system: You are a helpful assistant.
user:
Analyze the provided spectrum to determine if it is a **Carbon Star (C-type)**.

- **Key Visual Indicators of Carbon Star:**
    - **(Primary):** Strong molecular absorption from **C₂ (diatomic carbon) "Swan Bands."** This is the **defining feature** of a carbon star.
        - **(Key Bandheads):** Sharp absorption edges are visible at approximately $5635$ Å, $5165$ Å (the strongest band), and $4737$ Å.
        - **(Line Profile):** Creates a distinct **"saw-tooth"** pattern. The key morphology is a sharp, steep bandhead on the **red (long-wavelength) side**, which then gradually tapers off (i.e., flux recovers) towards the **blue (short-wavelength) side**. *(This is the direct opposite of the TiO bands seen in M-type stars)*.

    - **(Secondary):** Intense **CN (cyanogen)** molecular absorption bands.
        - **(Key Bandheads):** Located in the blue and violet regions of the spectrum (e.g., near $4215$ Å and $3883$ Å).
        - **(Morphology):** These bands are extremely broad and act as a "blanket," absorbing the vast majority of blue and violet light. This creates a characteristic **"cliff"** or **"steep drop-off"** in the spectrum's flux at short wavelengths.

    - **(Key Confirmation):** Strong **CH absorption band (G-band)**.
        - **(Key Bandhead):** Located around $4300$ Å. The contribution from CH molecules to this band is exceptionally strong.

    - **(Overall Spectrum):**
        - The continuum is severely "chopped up" by these deep molecular bands, especially C₂, rather than appearing as a smooth curve.
        - Due to the heavy CN and C₂ absorption in the blue-green, the vast majority of the star's flux is concentrated in the red part of the spectrum, giving the star its characteristic deep red color.

Think first, call **spectral_visualization_tool** if needed to examine features in detail, then provide your final answer. Your response must adhere to the following strict rules:
1.  **Overall Structure:** Your response must follow the format `<think>...</think> <tool_call>...</tool_call> (if a tool is used) <answer>...</answer>`.
2.  **Tool Usage Constraint:** You may only make **one** tool call per turn.
3.  **Final Answer Format:** In the `<answer>` tag, your conclusion must be inside a `\boxed{}` command (e.g., `\boxed{YES}`), followed by your justification.

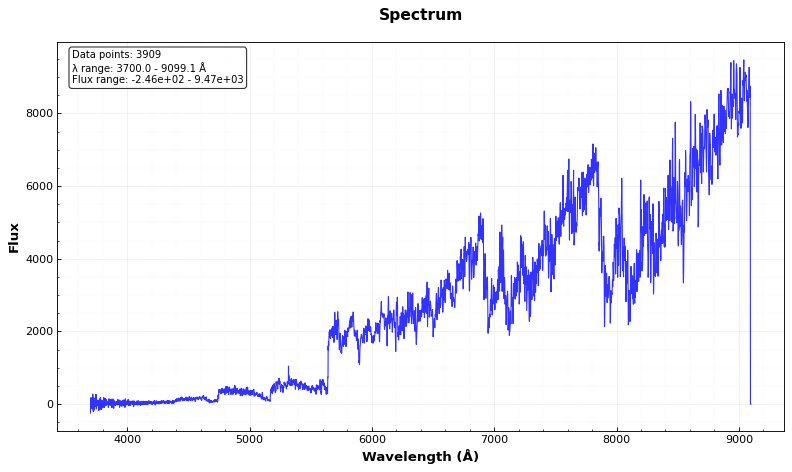
Answer: YES